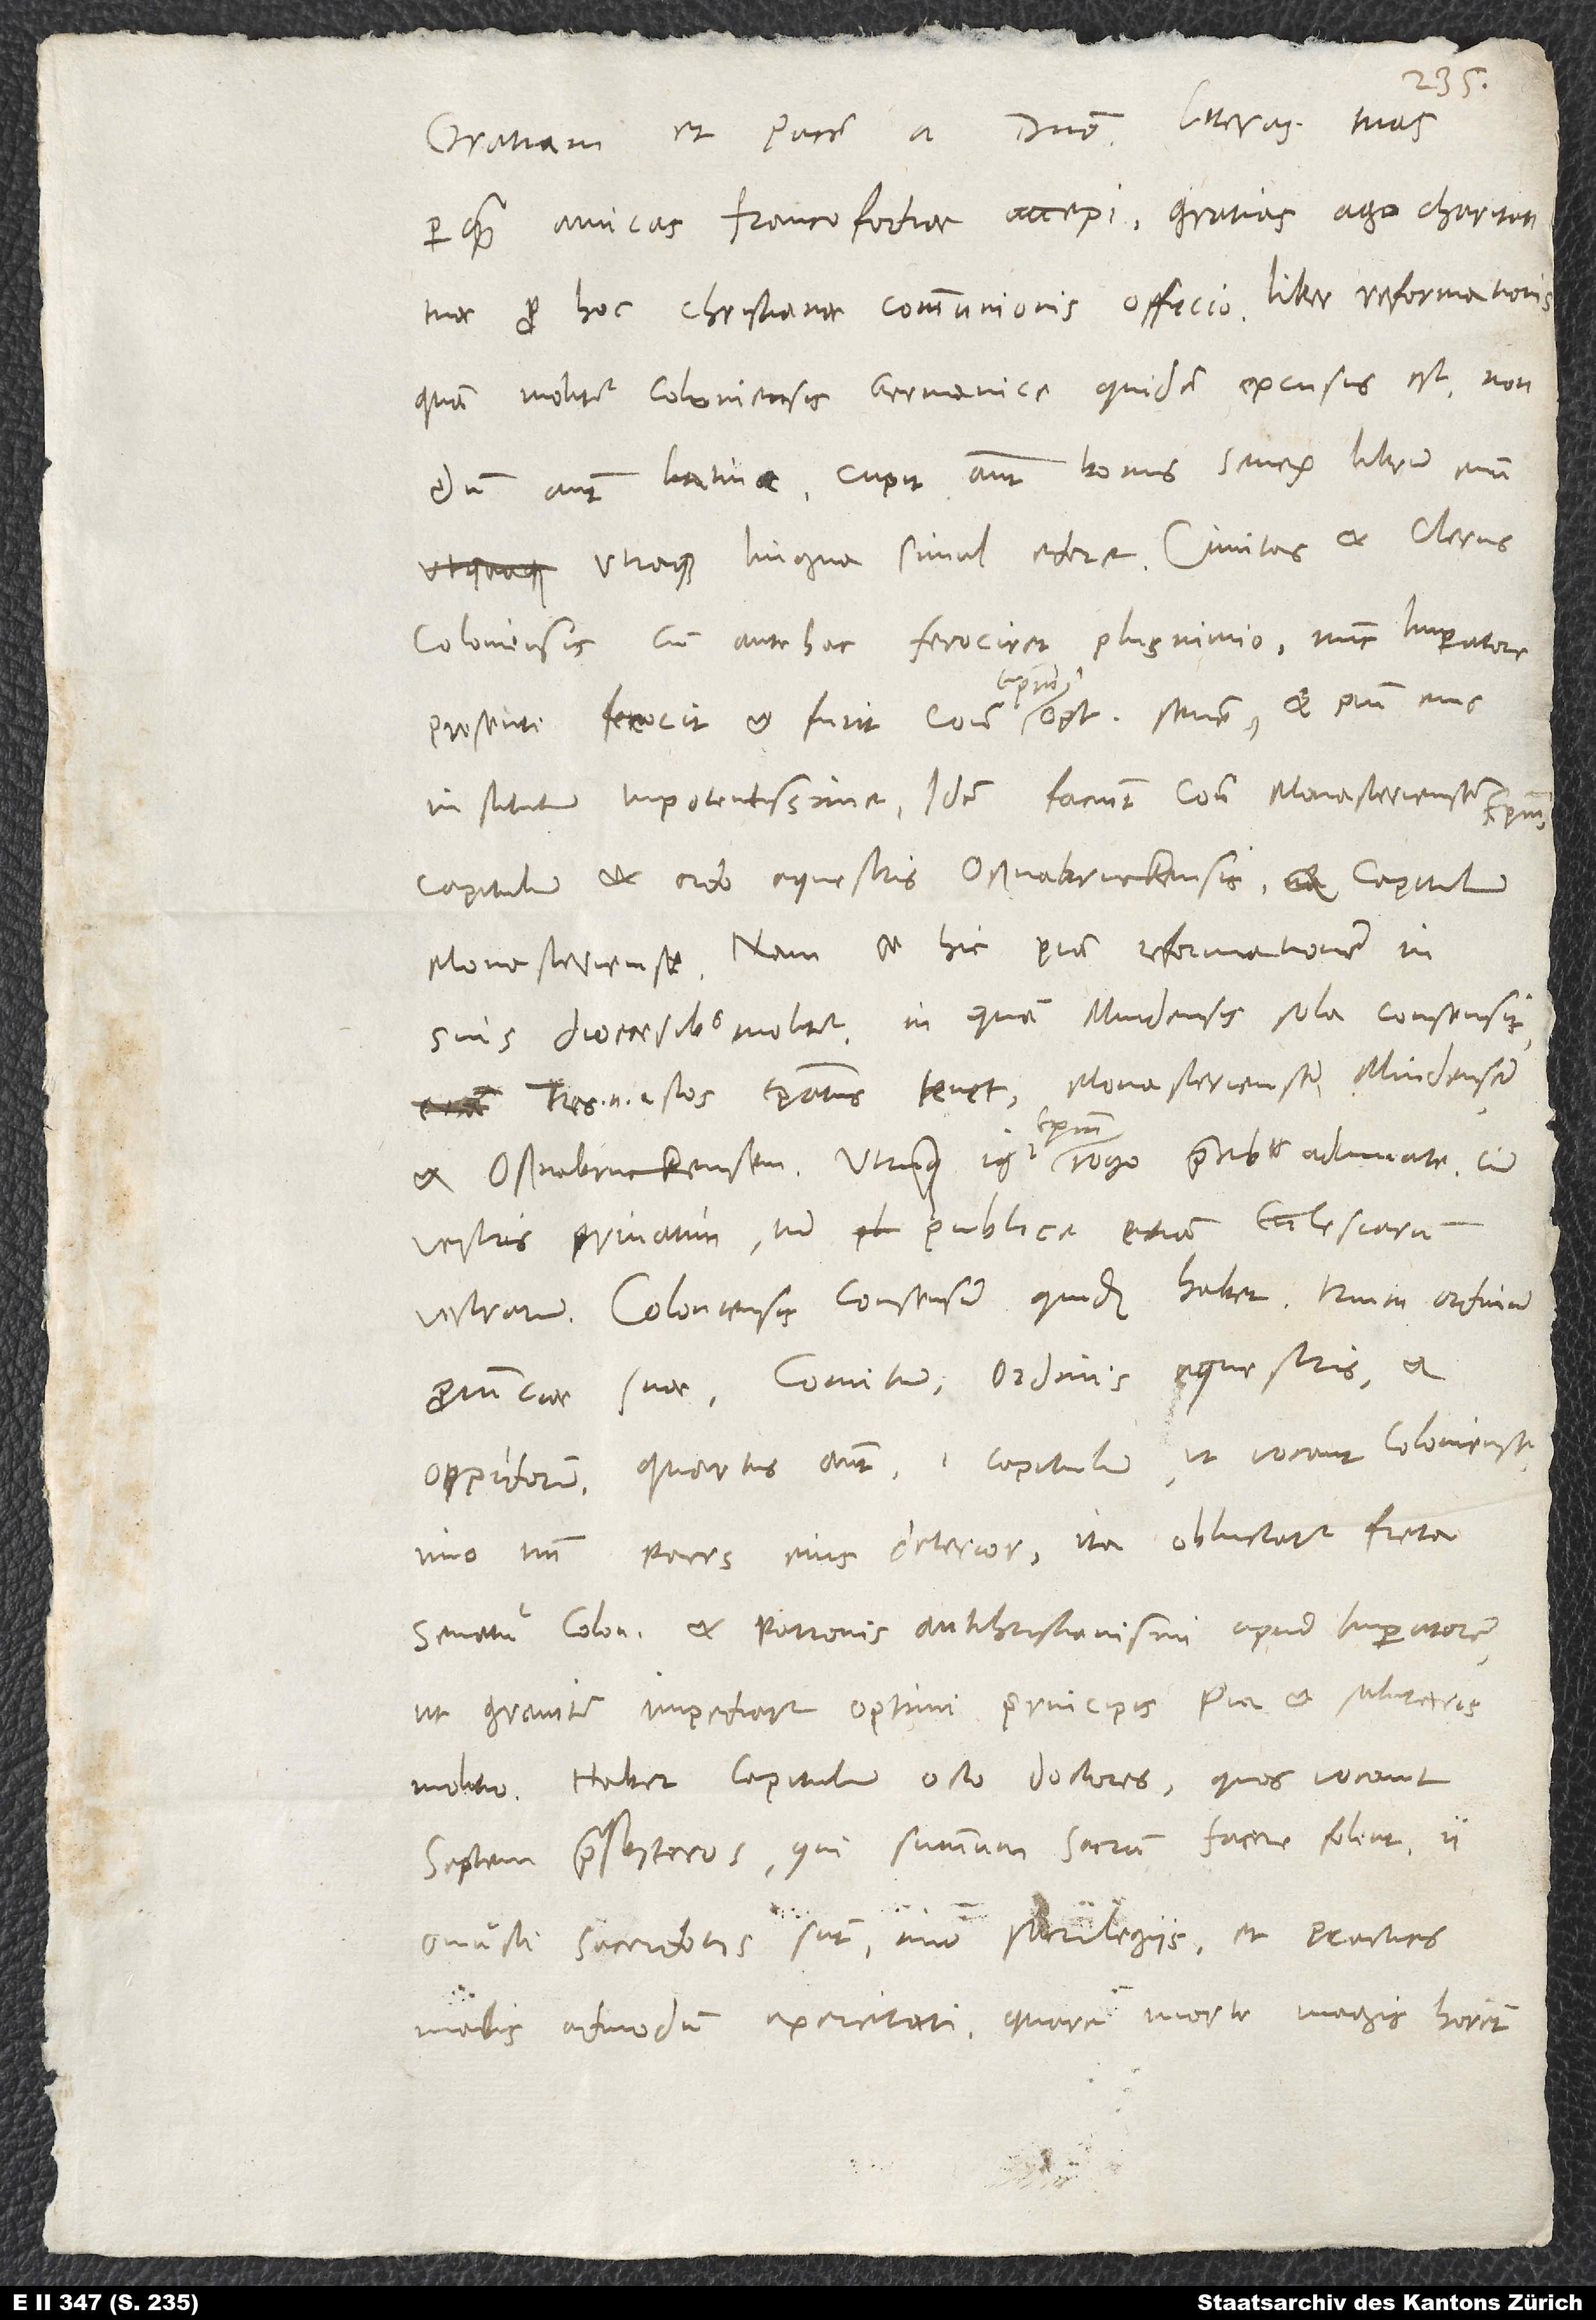
perquam amicas Francofordiae accepi. Gratias ago charitati
quam molitur Coloniensis, Germanice quidem excusus est, non
dum autem Latine. Cupit autem bonus senex librum eum
utraque lingua simul edere. Civitas et clerus
Coloniensis cum antehac ferociret plus nimio, nunc imperatore
praesente ferocit et furit contra episcopum, optimum senem, et pium eius
institutum impotentissime. Idem faciunt contra Monasteriensem
capitulum et ordo equestris Osnabruckensis et capitulum
Monasteriense. Nam et hic piam reformationem in
suis diocoesibus molitur, in quam Mindensis sola consensit.
istos episcopatus tenet, Monasteriensem, Mindensem
vestris privatim, tum publica etiam ecclesiarum
Coloniensis consensum quidem habet trium ordinum
provinciae suae: comitum, ordinis equestris et
oppidorum; quartus autem, idest capitulum, ut vocant, Coloniense,
imo tantum pars eius deterior, ita obluctatur freta
senatu Coloniensi et patronis antichristianismi apud imperatorem,
ut graviter impediatur optimi principis pia et salutaris
molitio. Habet capitulum octo doctores, quos vocant
septem presbyteros, qui summum sacrum facere solent.
onusti sacerdotiis sunt, imo sacrilegiis, et practicis
malis admodum exercitati, quare morte magis horrent